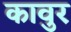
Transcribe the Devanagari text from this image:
कावुर